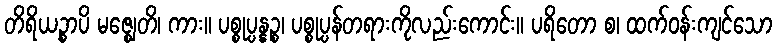
တိရိယဉ္စာပိ မဇ္ဈေတိ၊ ကား။ ပစ္စုပ္ပန္နဉ္စ၊ ပစ္စုပ္ပန်တရားကိုလည်းကောင်း။ ပရိတော စ၊ ထက်ဝန်းကျင်သော